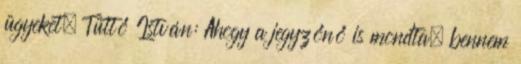
ügyeket. Tüttő István: Ahogy a jegyzőnő is mondta, bennem